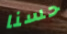
حسنا